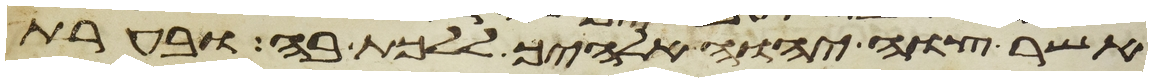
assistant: אשר צוך יהוה אלהיך ללכת בה ובערת